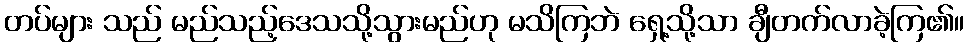
တပ်များ သည် မည်သည့်ဒေသသို့သွားမည်ဟု မသိကြဘဲ ရှေ့သို့သာ ချီတက်လာခဲ့ကြ၏။